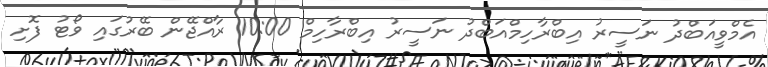
އެމްވީއަބްދު ނަސީރު އިބްރާހިމްއަބްދު ނަސީރު އިބްރާހިމް 10:00 ރާއްޖޭން ބޭރުގައި ވޯޓު ފޮށި